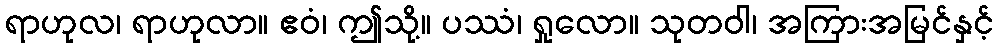
ရာဟုလ၊ ရာဟုလာ။ ဧဝံ၊ ဤသို့။ ပဿံ၊ ရှုလော။ သုတဝါ၊ အကြားအမြင်နှင့်